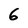
Character: 6